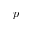
p